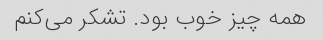
همه چیز خوب بود. تشکر می‌کنم